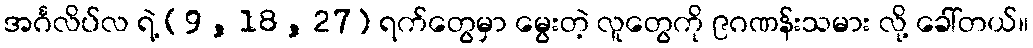
အင်္ဂလိပ်လ ရဲ့ (9 , 18 , 27) ရက်တွေမှာ မွေးတဲ့ လူတွေကို ၉ဂဏန်းသမား လို့ ခေါ်တယ်။